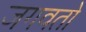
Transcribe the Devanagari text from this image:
जगवतो